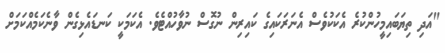
"އަދި ތިޔަބައިމީހުންކުރެ އެކަކުވެސް އެނަރަކައިގެ ކައިރިން ނުގޮސް ނުވާހުއްޓެވެ. އެކަމަކީ ކަނޑައެޅިގެން ވާނެކަމެއްކަމަށް